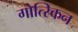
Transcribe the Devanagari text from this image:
गोत्स्किन